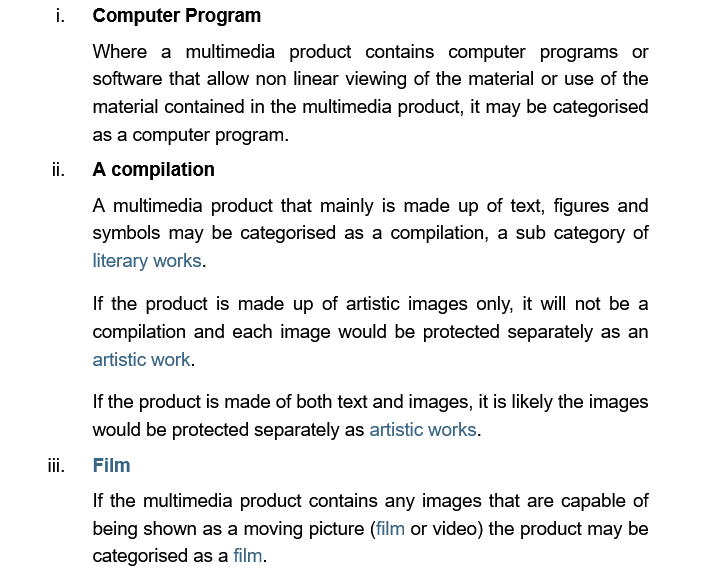
Computer  Program

     A compilation
     Film
     Where  a  multimedia product contains computer programs  or
     software that allow non linear viewing of the material or use of the
     material contained in the multimedia product, it may be categorised
     as a computer program.
     A multimedia product that mainly is made up of text, figures and
     symbols may  be categorised as a compilation, a sub category of
     literary works.
     If the product is made of both text and images, it is likely the images
     would be protected separately as artistic works.
     If the multimedia product contains any images that are capable of
     being shown as a moving picture (film or video) the product may be
     categorised as a film.
     If the product is made up of artistic images only, it will not be a
     compilation and each image would be protected separately as an
     artistic work.